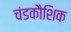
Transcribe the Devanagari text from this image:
चंडकौशिक